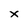
Character: x